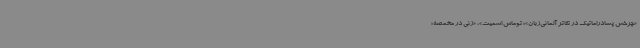
«چرخش پسادراماتیک در تئاتر آلمانی‌زبان»؛ توماس اشمیت»، «زنی در مخمصه؛